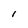
Character: 1